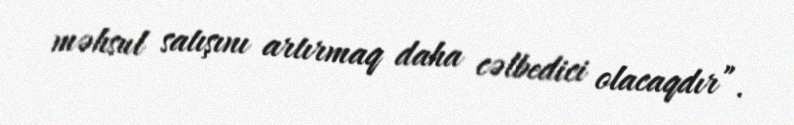
məhsul satışını artırmaq daha cəlbedici olacaqdır”.